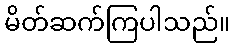
မိတ်ဆက်ကြပါသည်။